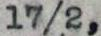
17/2,